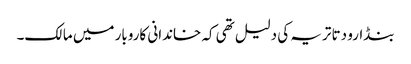
بنڈارو دتا تریہ کی دلیل تھی کہ خاندانی کاروبار میں مالک۔